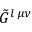
\tilde { G } ^ { l \, \mu \nu }